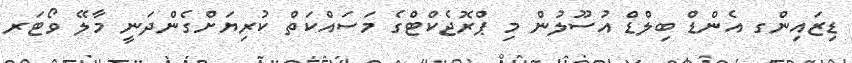
ޑިޒައިންގ އެންޑް ބިލްޑް އުސޫލުން މި ޕްރޮޖެކްޓްގެ މަސައްކަތް ކުރިޔަށްގެންދަނީ މާލޭ ވޯޓަރ